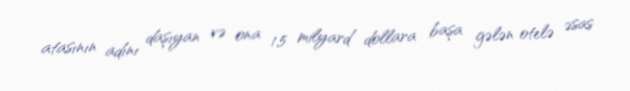
atasının adını daşıyan və ona 1,5 milyard dollara başa gələn otelə əsas